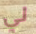
لي